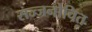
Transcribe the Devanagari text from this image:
सज्जनोचित